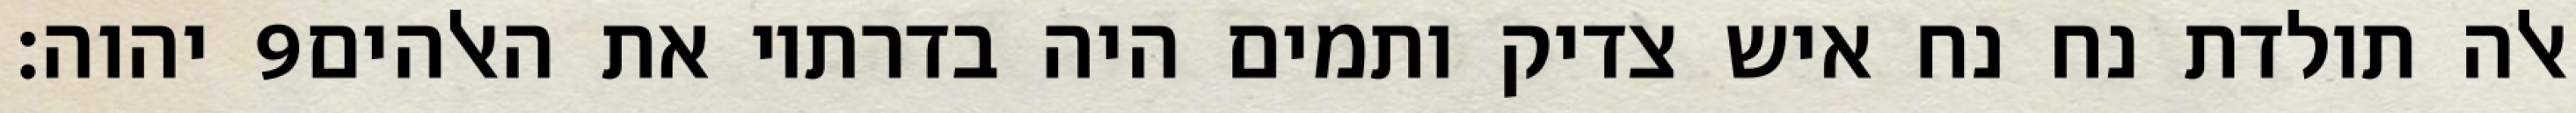
יהוה׃ ‎9‏ אלה תולדת נח נח איש צדיק ותמים היה בדרתיו את האלהים